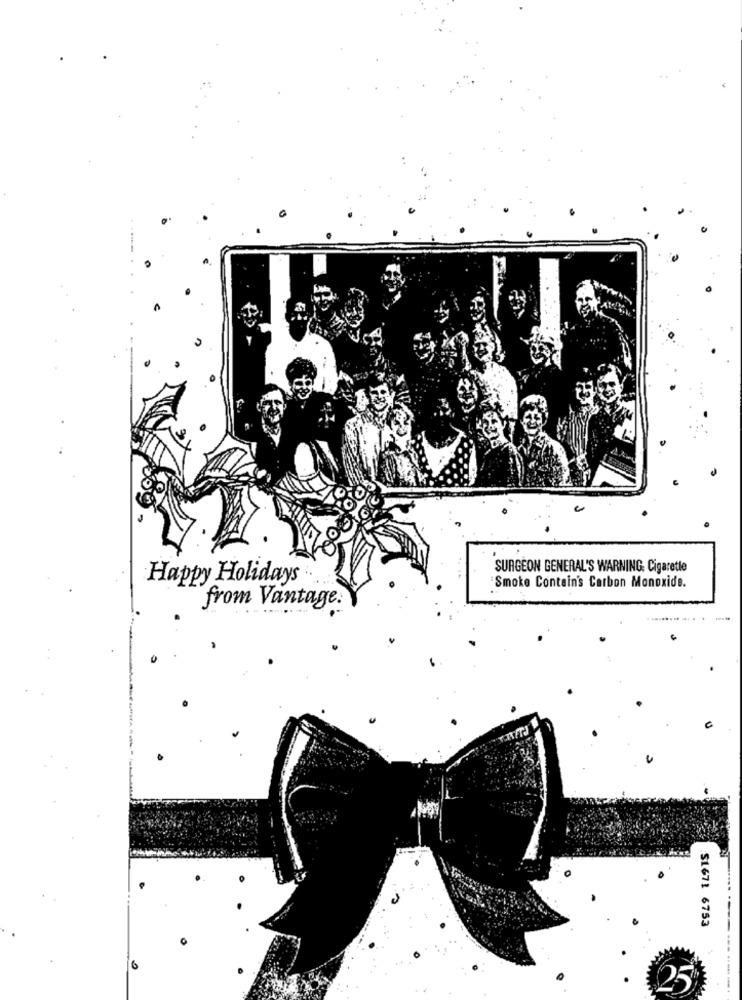
SURGEON GENERAL'S WARNING. Cigarette
Happy Holidays
Smoke Contain's Carbon Monoxide.
from Vantage.
S1671 6753
6
25